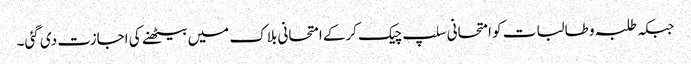
جبکہ طلبہ و طالبات کو امتحانی سلپ چیک کرکے امتحانی بلاک میں بیٹھنے کی اجازت دی گئی۔